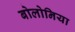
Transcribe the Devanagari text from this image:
बोलोनिया